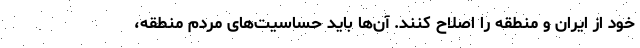
خود از ایران و منطقه را اصلاح کنند. آن‌ها باید حساسیت‌های مردم منطقه،